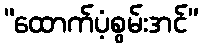
“ထောက်ပံ့စွမ်းအင်”